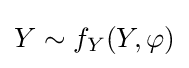
Y\sim f_{Y}(Y,\varphi )